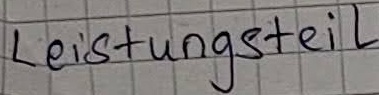
Text: Leistungsteil